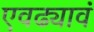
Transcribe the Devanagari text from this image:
एवढ्यावं